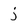
Character: j